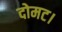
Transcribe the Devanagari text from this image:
दोमट।